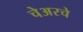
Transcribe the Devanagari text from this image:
चेअरचे